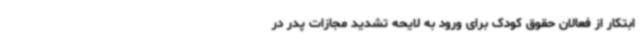
ابتکار از فعالان حقوق کودک برای ورود به لایحه تشدید مجازات پدر در